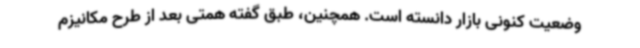
وضعیت کنونی بازار دانسته است. همچنین، طبق گفته همتی بعد از طرح مکانیزم